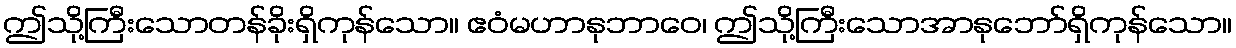
ဤသို့ကြီးသောတန်ခိုးရှိကုန်သော။ ဧဝံမဟာနုဘာဝေ၊ ဤသို့ကြီးသောအာနုဘော်ရှိကုန်သော။